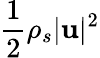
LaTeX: \frac{1}{2}\rho_{s}|{\mathbf u}|^{2}